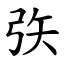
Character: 矤